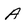
Character: A